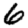
Digit: 6